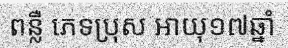
ពន្លឺ ភេទប្រុស អាយុ១៧ឆ្នាំ